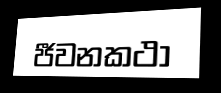
ජීවනකථා